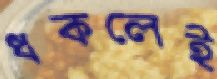
ধকলেই